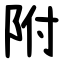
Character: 附